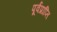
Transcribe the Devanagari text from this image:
पूर्वप्राप्ति